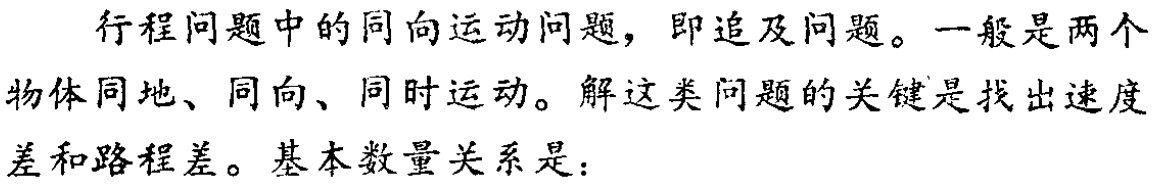
行程问题中的同向运动问题，即追及问题。一般是两个物体同地、同向、同时运动。解这类问题的关键是找出速度差和路程差。基本数量关系是：